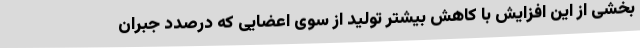
بخشی از این افزایش با کاهش بیشتر تولید از سوی اعضایی که درصدد جبران